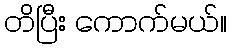
တိပြီး ကောက်မယ်။